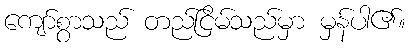
ကျော်စွာသည် တည်ငြိမ်သည်မှာ မှန်ပါ၏။